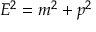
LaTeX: E ^ { 2 } = m ^ { 2 } + p ^ { 2 }